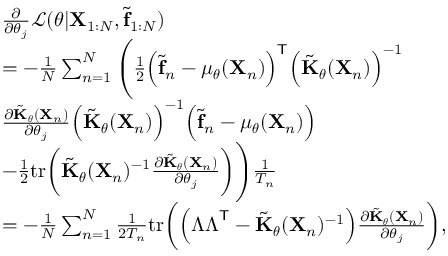
\begin{array} { r l } & { \frac { \partial } { \partial \theta _ { j } } \mathcal { L } ( \boldsymbol { \theta } | \mathbf { X } _ { 1 : N } , \tilde { \mathbf { f } } _ { 1 : N } ) } \\ & { = - \frac { 1 } { N } \sum _ { n = 1 } ^ { N } \Bigg ( \frac { 1 } { 2 } \Big ( \tilde { \mathbf { f } } _ { n } - \boldsymbol { \mu _ { \theta } } ( \mathbf { X } _ { n } ) \Big ) ^ { \sf T } \Big ( \tilde { \mathbf { K } } _ { \boldsymbol { \theta } } ( \mathbf { X } _ { n } ) \Big ) ^ { - 1 } } \\ & { \frac { \partial \tilde { \mathbf { K } } _ { \boldsymbol { \theta } } ( \mathbf { X } _ { n } ) } { \partial \theta _ { j } } \Big ( \tilde { \mathbf { K } } _ { \boldsymbol { \theta } } ( \mathbf { X } _ { n } ) \Big ) ^ { - 1 } \Big ( \tilde { \mathbf { f } } _ { n } - \boldsymbol { \mu _ { \theta } } ( \mathbf { X } _ { n } ) \Big ) } \\ & { - \frac { 1 } { 2 } \mathrm { t r } \bigg ( \tilde { \mathbf { K } } _ { \boldsymbol { \theta } } ( \mathbf { X } _ { n } ) ^ { - 1 } \frac { \partial \tilde { \mathbf { K } } _ { \boldsymbol { \theta } } ( \mathbf { X } _ { n } ) } { \partial \theta _ { j } } \bigg ) \Bigg ) \frac { 1 } { T _ { n } } } \\ & { = - \frac { 1 } { N } \sum _ { n = 1 } ^ { N } \frac { 1 } { 2 T _ { n } } \mathrm { t r } \bigg ( \Big ( \boldsymbol { \Lambda \Lambda } ^ { \sf T } - \tilde { \mathbf { K } } _ { \boldsymbol { \theta } } ( \mathbf { X } _ { n } ) ^ { - 1 } \Big ) \frac { \partial \tilde { \mathbf { K } } _ { \boldsymbol { \theta } } ( \mathbf { X } _ { n } ) } { \partial \theta _ { j } } \bigg ) , } \end{array}